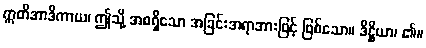
ဣတိအာဒိကာယ၊ ဤသို့ အစရှိသော အခြင်းအရာအားဖြင့် ဖြစ်သော။ ဒိဋ္ဌိယာ၊ ၏။